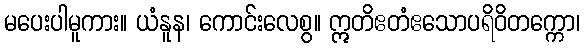
မပေးပါမူကား။ ယံနူန၊ ကောင်းလေစွ။ ဣတိဧတံဧသောပရိဝိတက္ကော၊